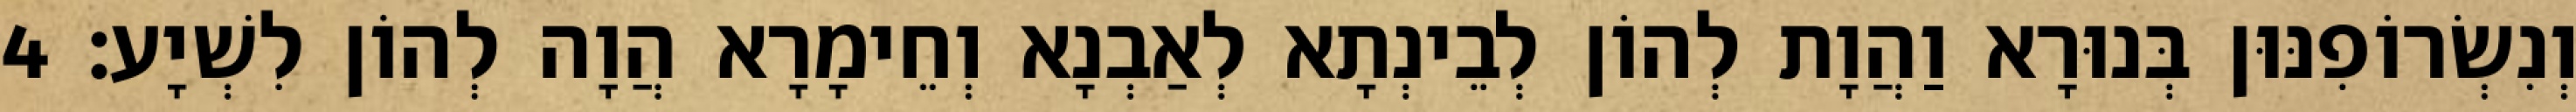
וְנִשְׂרוֹפִנּוּן בְּנוּרָא וַהֲוָת לְהוֹן לְבֵינְתָא לְאַבְנָא וְחֵימָרָא הֲוָה לְהוֹן לִשְׁיָע׃ 4